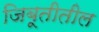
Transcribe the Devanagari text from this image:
जिबूतीतील